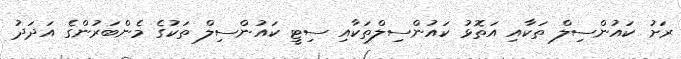
ރަށު ކައުންސިލް ތަކާއި އަތޮޅު ކައުންސިލްތަކާއި ސިޓީ ކައުންސިލް ތަކުގެ މެންބަރުންގެ އަދަދު